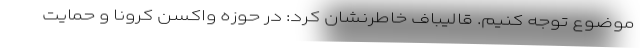
موضوع توجه کنیم. قالیباف خاطرنشان کرد: در حوزه واکسن کرونا و حمایت